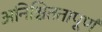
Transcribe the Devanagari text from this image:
अनिश्चिततापूर्ण